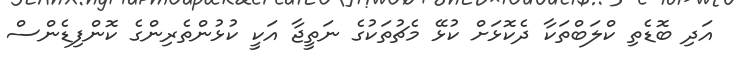
އަދި ބޮޑެތި ކްލަބްތަކާ ދެކޮޅަށް ކުޅޭ މެޗުތަކުގެ ނަތީޖާ އަކީ ކުޅުންތެރިންގެ ކޮންފިޑެންސް